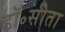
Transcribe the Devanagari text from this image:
डॉ॰सीता